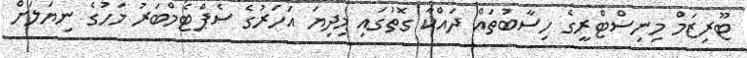
ޓޫރިޒަމް މިނިސްޓްރީގެ ހިސާބުތައް ދައްކާ ގޮތުގައި މިދިޔަ އަހަރުގެ ސެޕްޓެމްބަރު މަހުގެ ނިޔަލަށް